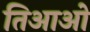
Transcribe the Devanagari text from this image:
तिआओ